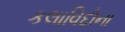
કલાવિદોના